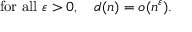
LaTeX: { \mathrm { f o r ~ a l l ~ } } \varepsilon > 0 , \quad d ( n ) = o ( n ^ { \varepsilon } ) .